Statistical return of the lunatic asylum in Assam - 1912-1932
Year: 1912
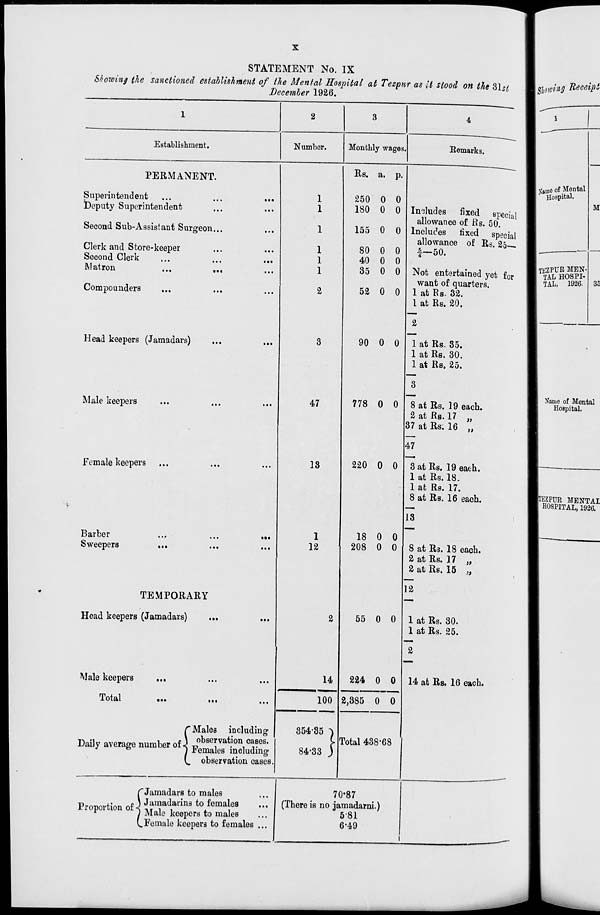
STATEMENT No. IX
Showing the sanctioned establishment of the Mental Hospital at Tezpnr as it stood on the Z\sl
December 1926.
Establishment.
PERMANENT.
S uperin tend ent
Deputy Superintendent
Second Sub-Assis!ant Surgeon...
Clerk and Store-keeper
Second Clerk
Matron
Com pounders
Head keepers (Jamadars)
Male keepers
Female keepers
Barber
Sweepers
• ••
TEMPORARY
Head keepers (Jamadars)
3
Number.
Monthly wages.
4
Remarks.
Male keepers
Total
•••
•••
r Males including
•~ .,
,
£ \ observation cases.
Daily average number of J Femaleg [no]nding
[^ observation cases
1
1
1
1
1
2
47
13
1
12
2
14
Rs. a. p.
250 0 0
180 0 0
155 0 0
80 0 0
40 0 0
35 0 0
52 0 0
90 0 0
778 0 0
Includes fixed special
allowance of Rs. 50.
Includes tixed special
allowance of Rs. 25—.
|-50.
Not entertained yet for
want of quarters.
1 at Rs. 32.
1 at Rs. 20.
2
220 0 0
18 0 0
208 0 0
55 0 0
100
354-85
84'33
224 0 0
1 at Rs. 85.
1 at Rs. 30.
1 at Rs. 25.
8 at Rs. 19 each.
2 at Rs. 17 „
37 at Rs. 16 „
47
3 at Rs. 19 each.
1 at Rs. 18.
1 at Rs. 17.
8 at Rs. 16 each.
13
8 at Rs. 18 each.
2 at Rs. 17 „
2 at Rs. 15 „
12
1 at Rs. 30.
1 at Rs. 25.
2
14 at Rs. 16 each.
2,885 0 0
Total 438'68
C Jamadars to males
■n
,.
p ) Jamadarins to females
Proportion oU Male ^^ to ma , eg
V, Female keepers to females
70*87
(There is no jamadarni.)
581
6-49
\Slmoing Tieceipi
2tane of Mental
Hospital.
M
TKZPUR MEN-
TAL HOSPI-
TAL, 1926.
35
Name of Mental
Hospital.
3ZPUR MENTAL
HOSPITAL, 1926.